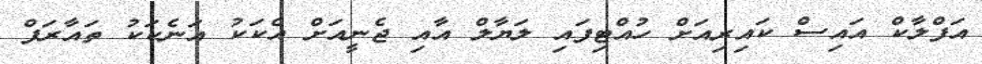
އަފްލާކް އައިސް ކައިރިއަށް ހުއްޓިފައި ލަޔާލް އާއި ޖެނީއަށް އެކަކު އަނެކަކު ތައާރަފް